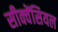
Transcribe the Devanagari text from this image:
सीक्वेंसियल